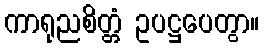
ကာရုညစိတ္တံ ဥပဋ္ဌပေတွာ။